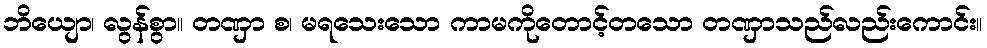
ဘိယျော၊ လွန်စွာ။ တဏှာ စ၊ မရသေးသော ကာမကိုတောင့်တသော တဏှာသည်လည်းကောင်း။